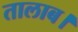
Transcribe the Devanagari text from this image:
तालाब।